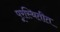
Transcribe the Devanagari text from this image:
पूरस्थितीत